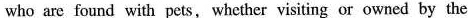
who are found with pets, whether visiting or owned by the